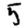
Digit: 5